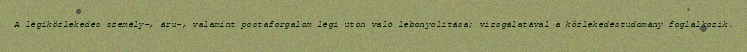
A légiközlekedés személy-, áru-, valamint postaforgalom légi úton való lebonyolítása; vizsgálatával a közlekedéstudomány foglalkozik.